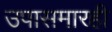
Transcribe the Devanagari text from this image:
उपासमारही